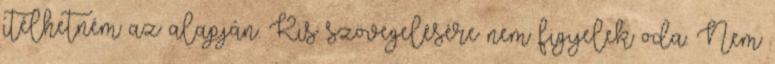
ítélhetném az alapján. Kis szövegelésére nem figyelek oda. Nem